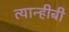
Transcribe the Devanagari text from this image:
त्यान्हीबी